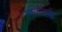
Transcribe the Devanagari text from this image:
स्कोत्लेंड